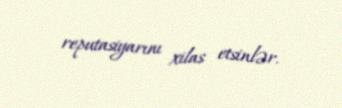
reputasiyarını xilas etsinlər.